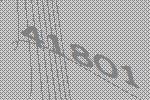
41801